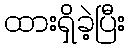
ထားရှိခဲ့ပြီး